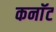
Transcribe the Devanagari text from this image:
कनाॅट